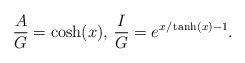
\begin{align*}\frac{A}{G} = \cosh(x),\, \frac{I}{G}= e^{x/\tanh (x) -1}. \end{align*}